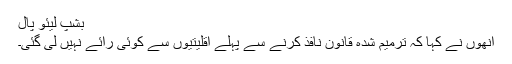
بشپ لیئو پال
انھوں نے کہا کہ ترمیم شدہ قانون نافذ کرنے سے پہلے اقلیتیوں سے کوئی رائے نہیں لی گئی۔